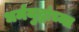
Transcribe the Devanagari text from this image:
धर्मयुद्धांच्या